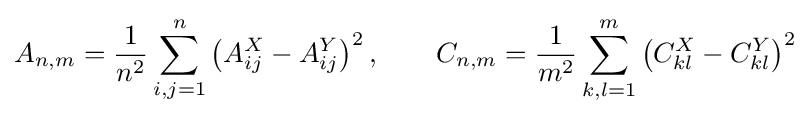
A_{n,m}={\frac {1}{n^{2}}}\sum _{i,j=1}^{n}\left(A_{ij}^{X}-A_{ij}^{Y}\right)^{2},\qquad C_{n,m}={\frac {1}{m^{2}}}\sum _{k,l=1}^{m}\left(C_{kl}^{X}-C_{kl}^{Y}\right)^{2}